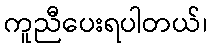
ကူညီပေးရပါတယ်၊